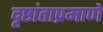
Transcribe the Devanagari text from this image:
दृष्टांताप्रमाणे